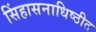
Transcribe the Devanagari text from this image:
सिंहासनाधिष्ठीत